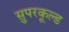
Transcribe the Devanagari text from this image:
सुपरकूल्ड